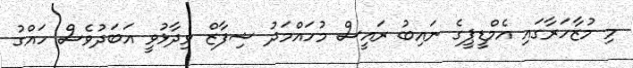
މި މުޒާހަރާގައި އެމްޑީޕީގެ ނައިބު ރައީސް މުހައްމަދު ޝިފާޒް ވިދާޅުވީ އަބަދުވެސް ހައްގު